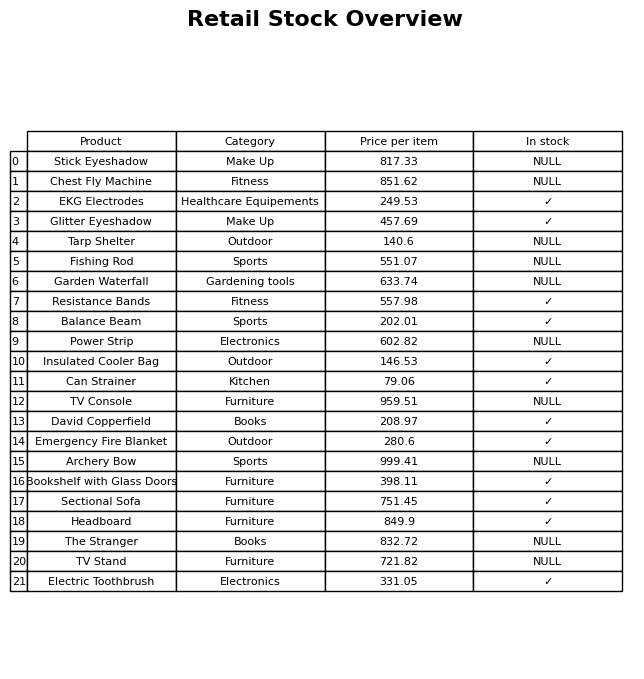
question: What is the price of the Chest Fly Machine?
answer: The price of Chest Fly Machine is 851.62.